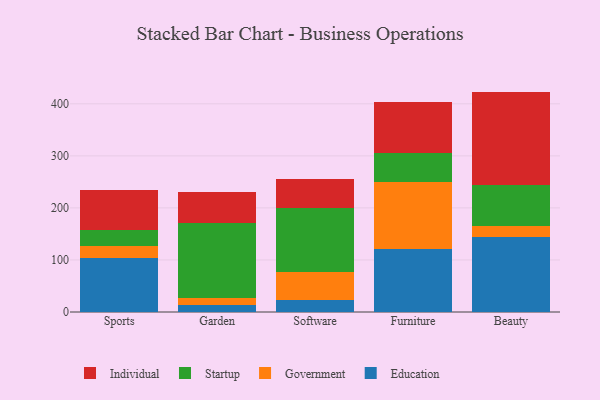
{"axis": {"x": "Category", "y": "Temperature (°C)"}, "legend": ["Education", "Government", "Individual", "Startup"], "data": [{"x": "Sports", "y": 103.1, "type": "Education"}, {"x": "Sports", "y": 23.3, "type": "Government"}, {"x": "Sports", "y": 31.8, "type": "Startup"}, {"x": "Sports", "y": 76.0, "type": "Individual"}, {"x": "Garden", "y": 12.6, "type": "Education"}, {"x": "Garden", "y": 14.3, "type": "Government"}, {"x": "Garden", "y": 143.5, "type": "Startup"}, {"x": "Garden", "y": 60.1, "type": "Individual"}, {"x": "Software", "y": 23.7, "type": "Education"}, {"x": "Software", "y": 53.4, "type": "Government"}, {"x": "Software", "y": 123.7, "type": "Startup"}, {"x": "Software", "y": 55.7, "type": "Individual"}, {"x": "Furniture", "y": 121.7, "type": "Education"}, {"x": "Furniture", "y": 127.2, "type": "Government"}, {"x": "Furniture", "y": 56.8, "type": "Startup"}, {"x": "Furniture", "y": 98.6, "type": "Individual"}, {"x": "Beauty", "y": 143.3, "type": "Education"}, {"x": "Beauty", "y": 22.7, "type": "Government"}, {"x": "Beauty", "y": 78.6, "type": "Startup"}, {"x": "Beauty", "y": 178.9, "type": "Individual"}]}